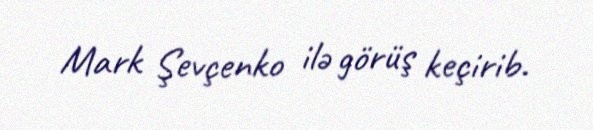
Mark Şevçenko ilə görüş keçirib.